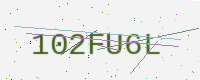
Text: 102FU6L